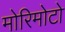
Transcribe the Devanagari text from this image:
मोरिमोटो